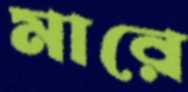
মারে